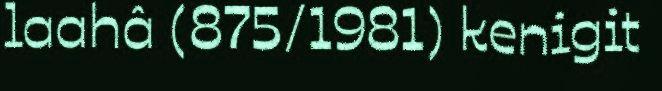
laahâ (875/1981) kenigit